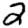
Digit: 2